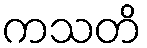
ကသတိ